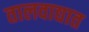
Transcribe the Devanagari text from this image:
तालवाद्यात